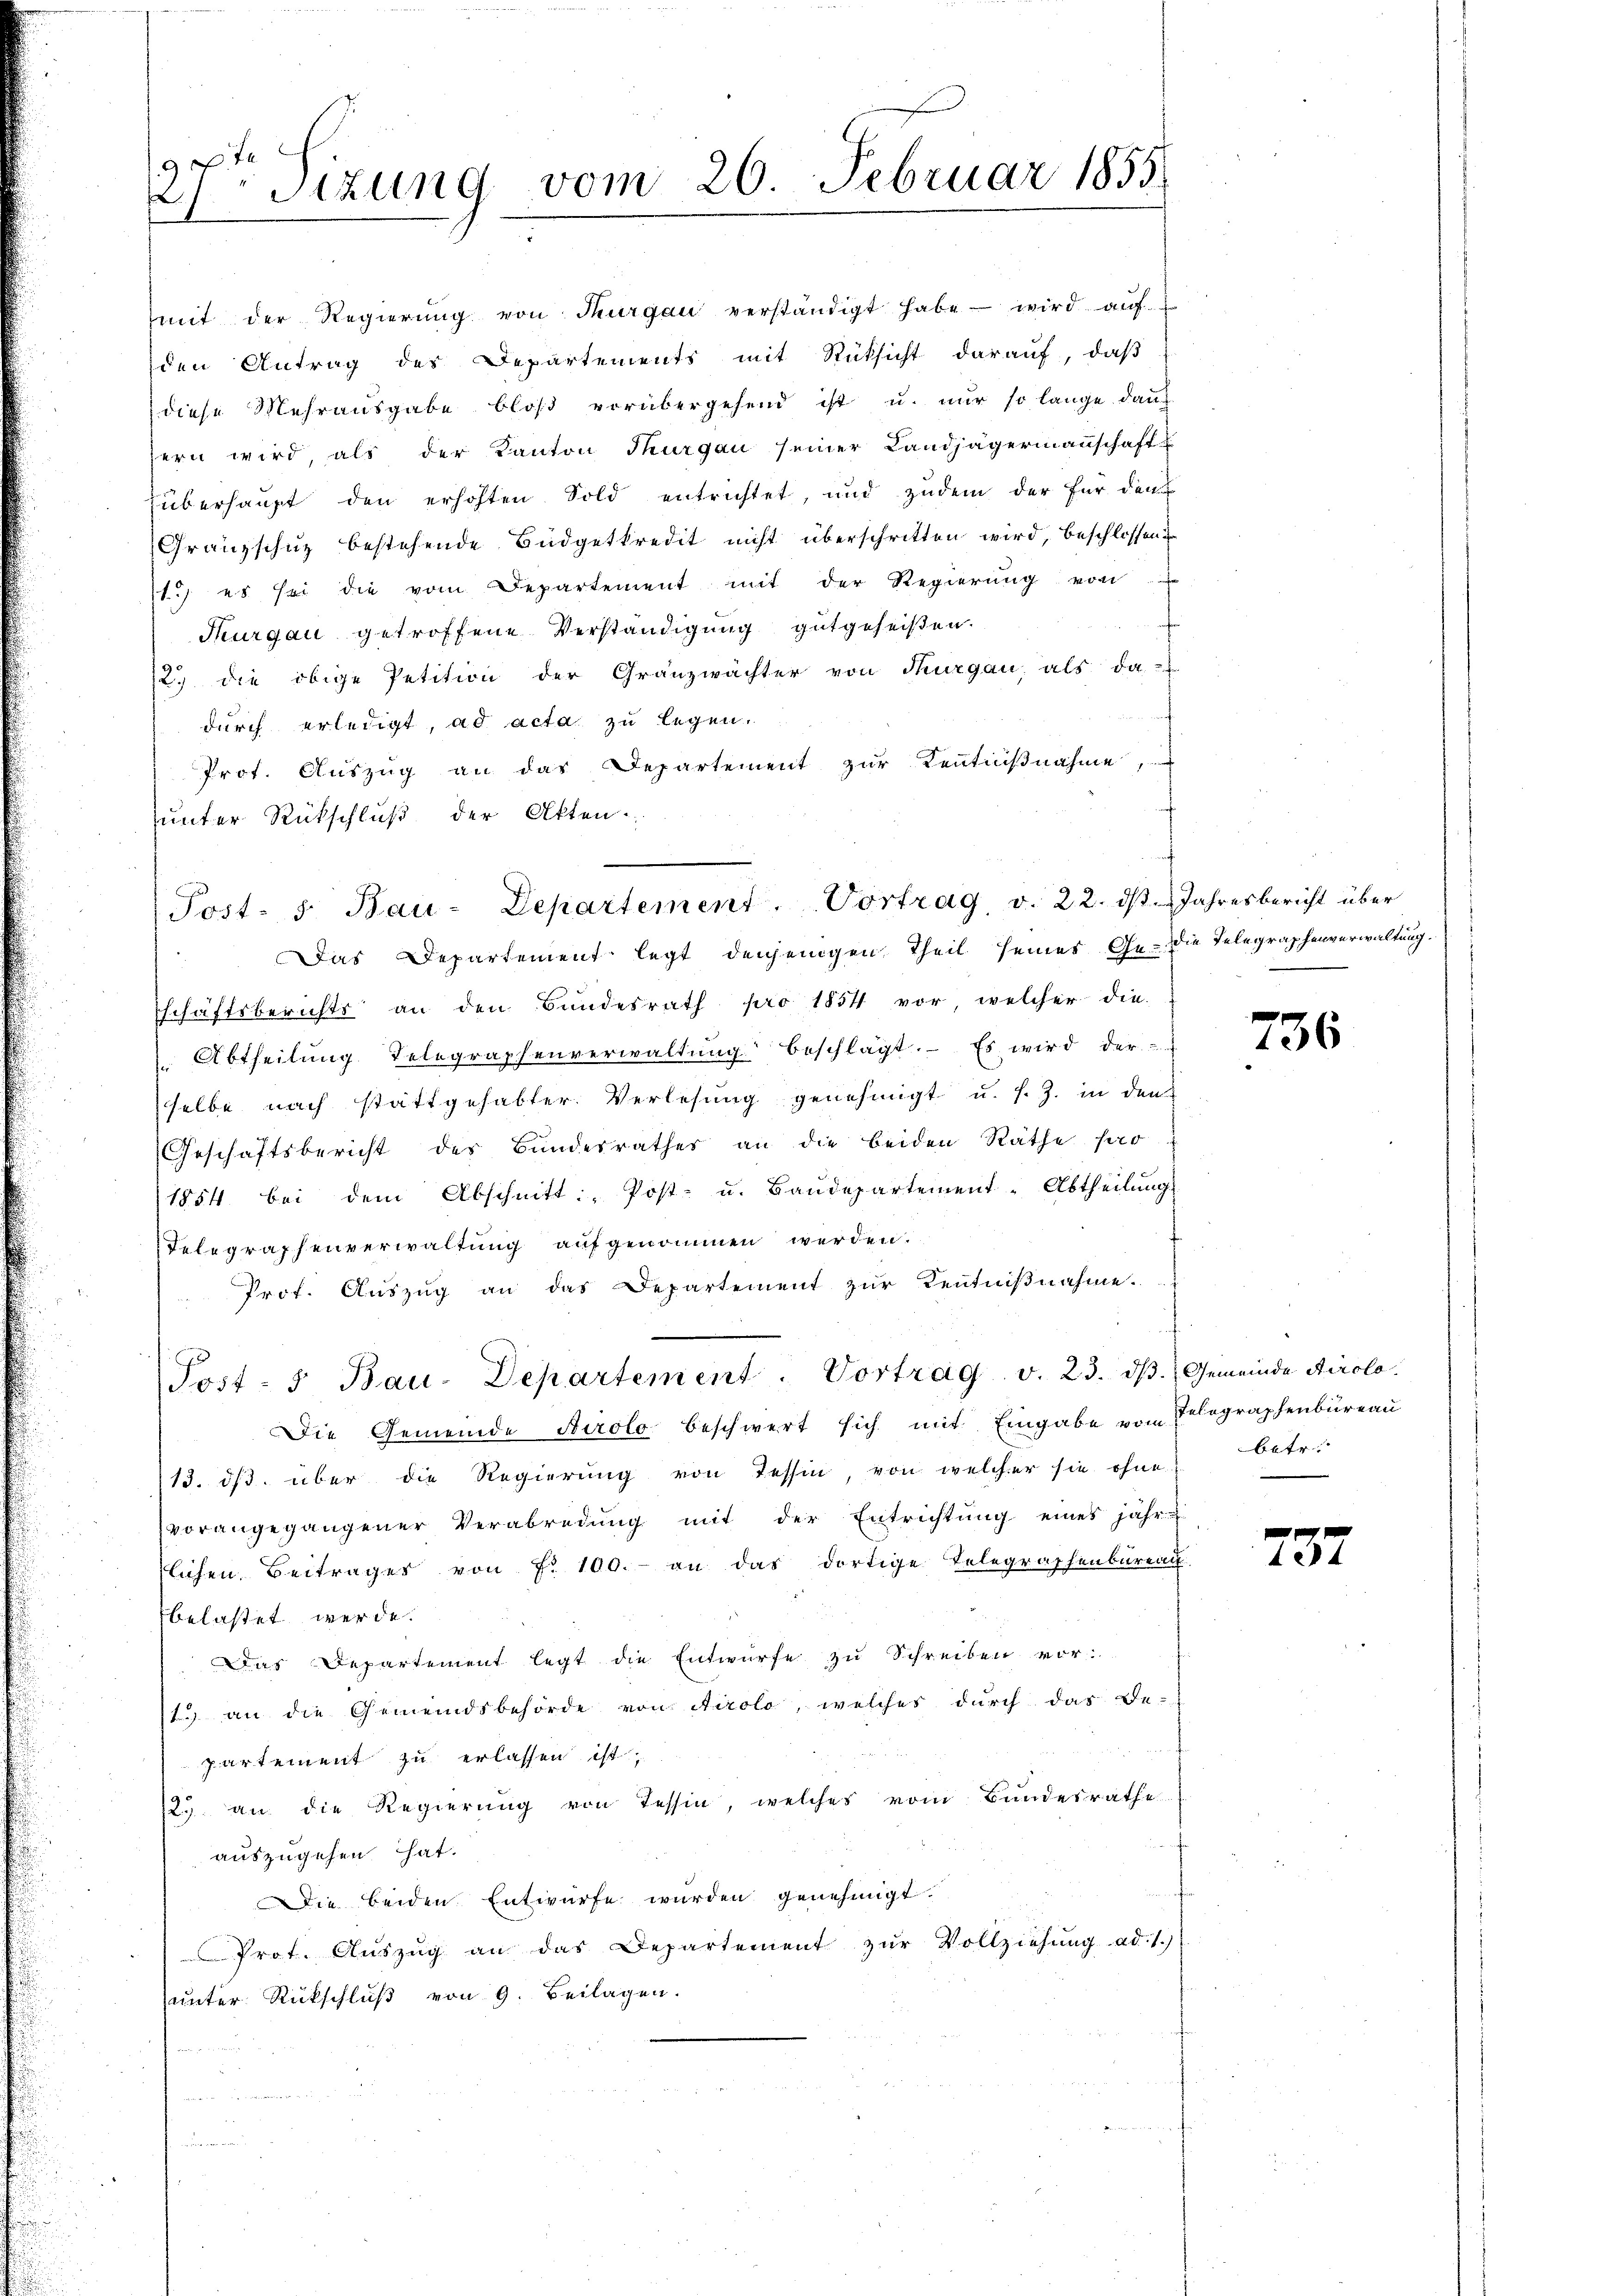
9
2Sizung vom 26. Februar 1855

mit der Regierŭng von Thurgau verständigt habe - wird aŭf
den Antrag des Departements mit Rücksicht darauf, daß
diese Mehrausgabe bloß vorübergehend ist u. nur so lange danch
sern wird, als der Kanton Thurgau seiner Landjägerinauschaft u
überhaupt den erhöhten Sold entrichtet, und zudem der für den
Granzschuz bestehende Büdgetkredit nicht überschritten wird, beschlossen
11.) es sei die vom Departement mit der Regierung von
Thurgau getroffene Verständigung gutgeheißen.
2.) die obige Petition der Granzwächter von Thurgau, als da-
durch erledigt, ad acta zu legen.
Prot. Aŭszŭg an das Departement zŭr Kenntniβnahme,
unter Rückschluß der Akten.
Das Departement legt denjenigen Theil seines Ge- die Telegraphenverwaltung.
schäftsberichts an den Bundesrath pro 1854 vor, welcher die-
 Abtheilung Telegraphenverwaltŭng beschlägt. Es wird der
selbe nach stattgehabter Verlesung genehmigt u. s. Z. in den
Geschäftsbericht des Bundesrathes an die beiden Räthe par
1854 bei dem Abschnitt: „Post- u. Baŭdepartement-Abtheilung
Telegraphenverwaltung aufgenommen werden.
Prof. Aŭszŭg an das Departement zŭr Kenntniβnahme.
Post- u Bau-Departement. Vortrag v. 23. dβ. Gemeinde Airolo.
Die Gemeinde Airolo beschwert sich mit Eingabe von Telegraphenbureau
13. ds. über die Regierung von Tessin, von welcher sie ohne betr.
vorangegangener Verabredung mit der Entrichtung eines jähr-
lichen Beiträger von f. 100.- an das dortige Telegraphenbureau.
belastet werde.
Das Departement legt die Entwurfe zu Schreiben vor:
1.) an die Gemeindsbehörde von Airolo, welches durch das De-
partement zu erlassen ist,
2. an die Regierung von Tessin, welches vom Bundesrathe
auszugehen hat.
ie beiden Entwürfe wurden genehmigt.
Prot. Aŭszŭg an das Departement zŭr Vollziehŭng ad. 1.)
unter Rückschluß von 9. Beilagen.

Post- 5. Bau-Departement. Vortrag v. 22. ds. Jahresbericht über

736

f
1